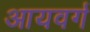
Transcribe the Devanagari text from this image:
आयवर्ग